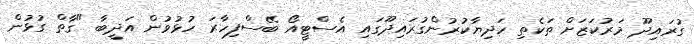
ގުރައިދޫ މަރުކަޒަށް ތަކެތި ހަދިޔާކުރުންގުރައިދޫގައި އެސްޓީއޯ ބޭސްފިހާރަ ހުޅުވުން އަދީބާ "ގާތް ގުޅުން